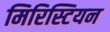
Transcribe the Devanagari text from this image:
मिरिस्टियन